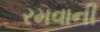
રમવાની